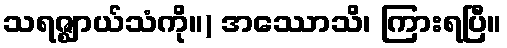
သရဇ္ဈာယ်သံကို။) အဿောသိ၊ ကြားရပြီ။